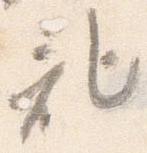
記